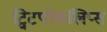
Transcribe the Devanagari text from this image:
ट्विटपोकलिप्स